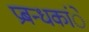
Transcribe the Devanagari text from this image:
प्रबन्धकांे